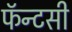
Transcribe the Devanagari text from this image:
फॅन्टसी